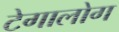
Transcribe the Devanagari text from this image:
टेगालोग